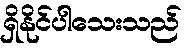
ရှိနိုင်ပါသေးသည်